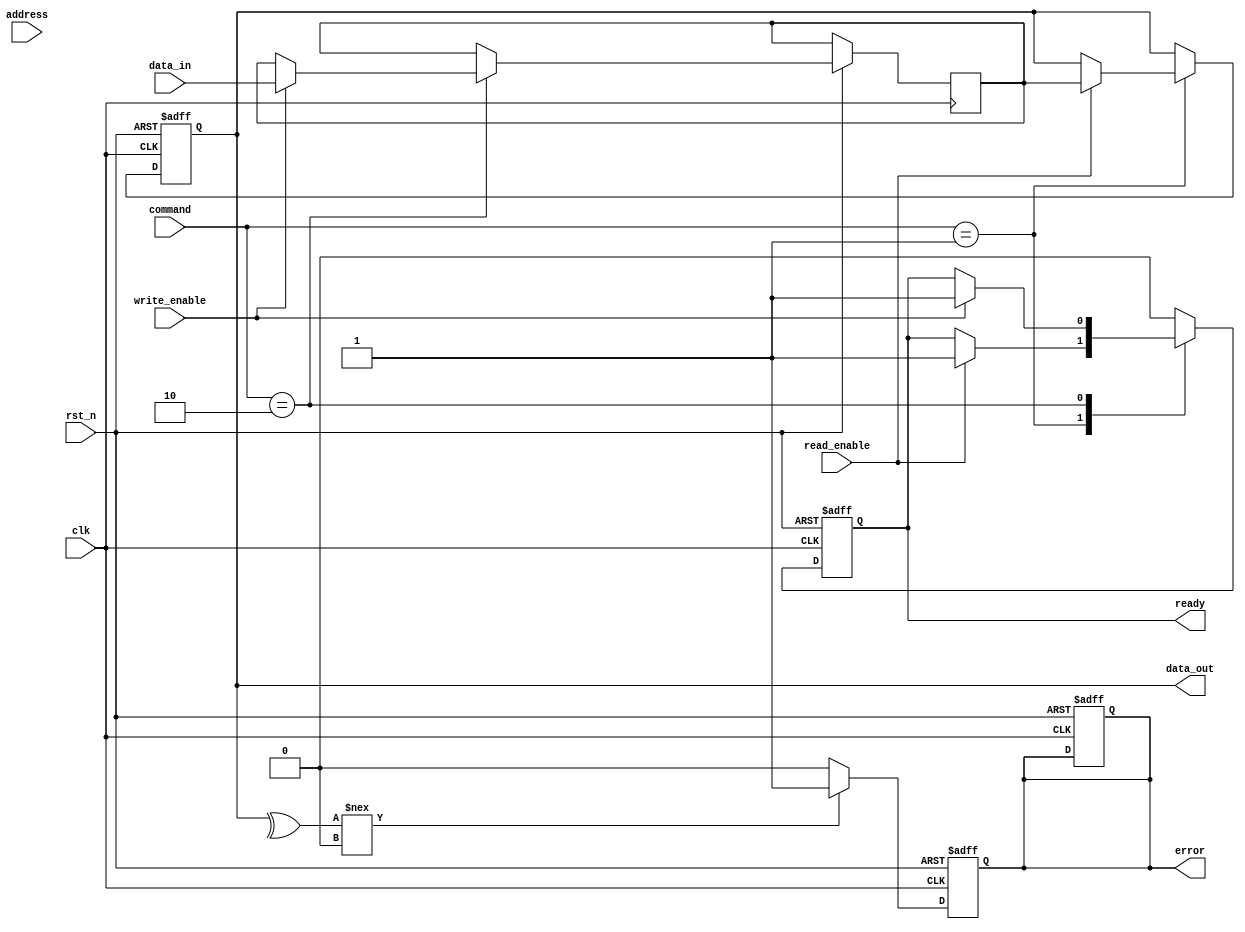
module IO_Block (
    input wire clk,
    input wire rst_n,
    input wire [15:0] data_in,           // Data input from memory controller
    output reg [15:0] data_out,           // Data output to memory controller
    input wire [31:0] address,            // Address input
    input wire read_enable,               // Read command signal
    input wire write_enable,              // Write command signal
    output reg ready,                     // Ready signal for memory controller
    output reg error,                     // Error signal for ECC
    input wire [3:0] command              // Command signals (e.g., READ, WRITE)
);

// I/O Buffers
reg [15:0] io_buffer; // Buffer for data transfer

// Command Interface
always @(posedge clk or negedge rst_n) begin
    if (!rst_n) begin
        ready <= 0;
        error <= 0;
        data_out <= 16'b0;
    end else begin
        // Command processing
        case (command)
            4'b0001: begin // READ command
                if (read_enable) begin
                    // Simulate read operation
                    data_out <= io_buffer; // Read from buffer
                    ready <= 1;
                end
            end
            4'b0010: begin // WRITE command
                if (write_enable) begin
                    // Simulate write operation
                    io_buffer <= data_in; // Write to buffer
                    ready <= 1;
                end
            end
            default: begin
                ready <= 0;
            end
        endcase
    end
end

// Address Decoding
reg [3:0] layer_select;
always @(posedge clk or negedge rst_n) begin
    if (!rst_n) begin
        layer_select <= 4'b0;
    end else begin
        // Simple address decoding (for demonstration)
        layer_select <= address[31:28]; // Assume upper 4 bits select the layer
    end
end

// Error Correction Logic (simplified)
always @(posedge clk or negedge rst_n) begin
    if (!rst_n) begin
        error <= 0;
    end else begin
        // Simple error detection logic (parity check for example)
        if (^data_out !== 1'b0) begin // Example parity check
            error <= 1; // Error detected
        end else begin
            error <= 0; // No error
        end
    end
end

endmodule